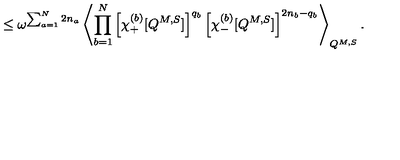
\leq \omega ^ { \sum _ { a = 1 } ^ { N } 2 n _ { a } } \left\langle \prod _ { b = 1 } ^ { N } \left[ \chi _ { + } ^ { ( b ) } [ Q ^ { M , S } ] \right] ^ { q _ { b } } \left[ \chi _ { - } ^ { ( b ) } [ Q ^ { M , S } ] \right] ^ { 2 n _ { b } - q _ { b } } \right\rangle _ { Q ^ { M , S } } .